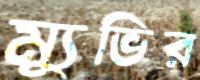
ম্যুভির